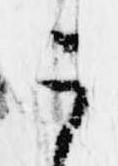
う